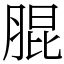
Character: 䐊